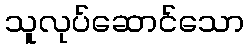
သူလုပ်ဆောင်သော